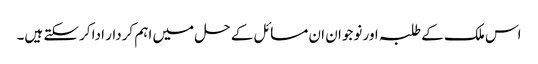
اس ملک کے طلبہ اور نوجوان ان مسائل کے حل میں اہم کردار ادا کرسکتے ہیں۔